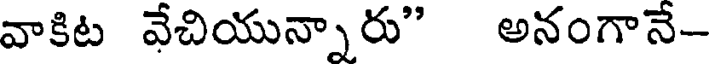
వాకిట వేచియున్నారు" అనంగానే-